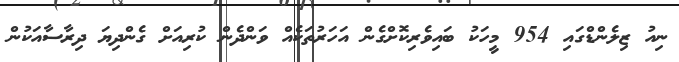
ނިއު ޒިލެންޑްގައި 954 މީހަކު ބައިވެރިކޮށްގެން އަހަރުތަކެއް ވަންދެން ކުރިއަށް ގެންދިޔަ ދިރާސާއަކުން